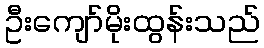
ဦးကျော်မိုးထွန်းသည်